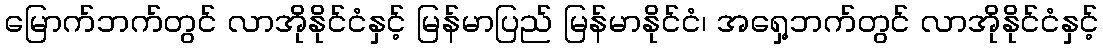
မြောက်ဘက်တွင် လာအိုနိုင်ငံနှင့် မြန်မာပြည် မြန်မာနိုင်ငံ၊ အရှေ့ဘက်တွင် လာအိုနိုင်ငံနှင့်